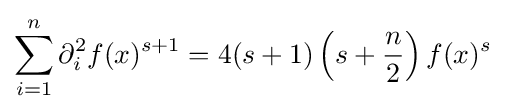
\sum _{i=1}^{n}\partial _{i}^{2}f(x)^{s+1}=4(s+1)\left(s+{\frac {n}{2}}\right)f(x)^{s}